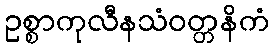
ဥစ္စာကုလီနသံဝတ္တနိကံ